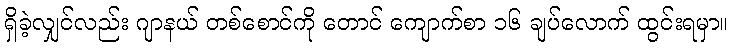
ရှိခဲ့လျှင်လည်း ဂျာနယ် တစ်စောင်ကို တောင် ကျောက်စာ ၁၆ ချပ်လောက် ထွင်းရမှာ။